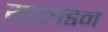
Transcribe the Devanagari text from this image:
यालंडन